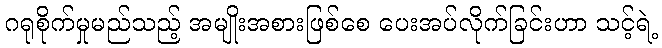
ဂရုစိုက်မှုမည်သည့် အမျိုးအစားဖြစ်စေ ပေးအပ်လိုက်ခြင်းဟာ သင့်ရဲ့